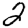
Digit: 2